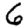
Digit: 6